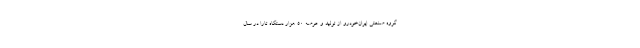
گروه صنعتی ایران‌خودرو از تولید و عرضه ۵۰ هزار دستگاه تارا در سال